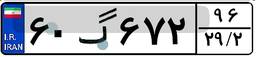
۶۰گ۶۷۲۹۶